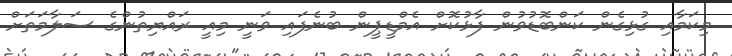
މިކަމާއި ގުޅިގެން ކަންބޮޑުވުން ފާޅުކޮށް އެމްޑީޕީން ބުނެފައި ވަނީ މިއީ ރައްޔިތުންގެ ސަލާމަތަށް